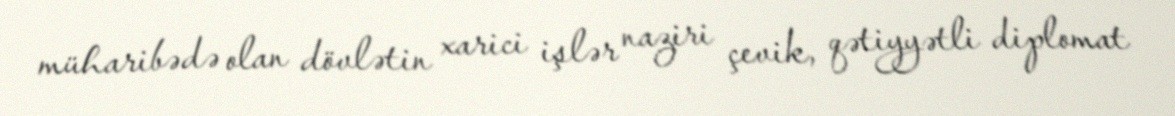
müharibədə olan dövlətin xarici işlər naziri çevik, qətiyyətli diplomat